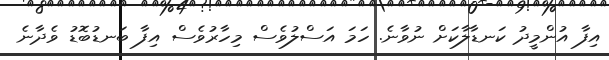
އިފާ އުންމީދު ކަނޑާލާކަށް ނުވާނެ. ހަމަ އަސްލުވެސް މިހާރުވެސް އިފާ ބަނޑުބޮޑު ވެދާނެ